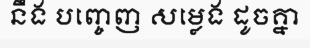
នឹង បញ្ចេញ សម្លេង ដូចគ្នា